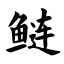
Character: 鲢